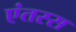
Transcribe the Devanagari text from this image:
एंतस्स